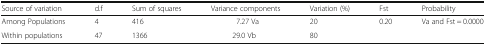
<table><thead><tr><td><b>Source of variation</b></td><td><b>d.f</b></td><td><b>Sum of squares</b></td><td><b>Variance components</b></td><td><b>Variation (%)</b></td><td><b>Fst</b></td><td><b>Probability</b></td></tr></thead><tbody><tr><td>Among Populations</td><td>4</td><td>416</td><td>7.27 Va</td><td>20</td><td>0.20</td><td rowspan="2">Va and Fst = 0.0000</td></tr><tr><td>Within populations</td><td>47</td><td>1366</td><td>29.0 Vb</td><td>80</td><td></td></tr></tbody></table>